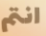
انتم